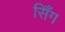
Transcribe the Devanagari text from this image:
सिँग